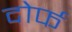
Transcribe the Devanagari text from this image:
दोर्फ